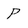
Character: P